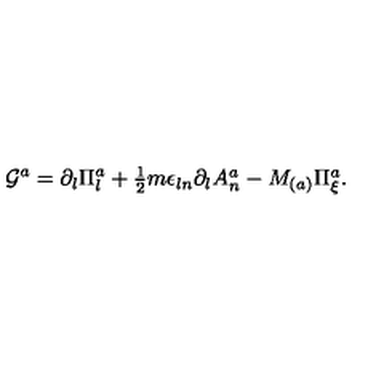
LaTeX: { \cal G } ^ { a } = \partial _ { l } \Pi _ { l } ^ { a } + \textstyle { \frac { 1 } { 2 } } m \epsilon _ { l n } \partial _ { l } A _ { n } ^ { a } - M _ { ( a ) } \Pi _ { \xi } ^ { a } .